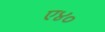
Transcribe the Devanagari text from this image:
ए४०